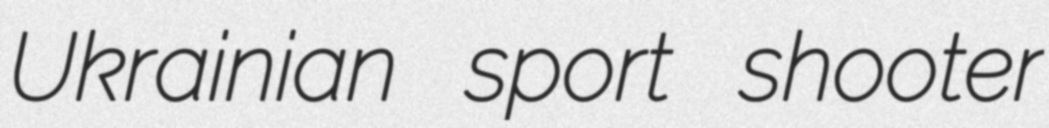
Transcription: Ukrainian sport shooter